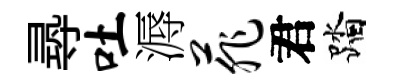
𡬶吐溽菲君踏